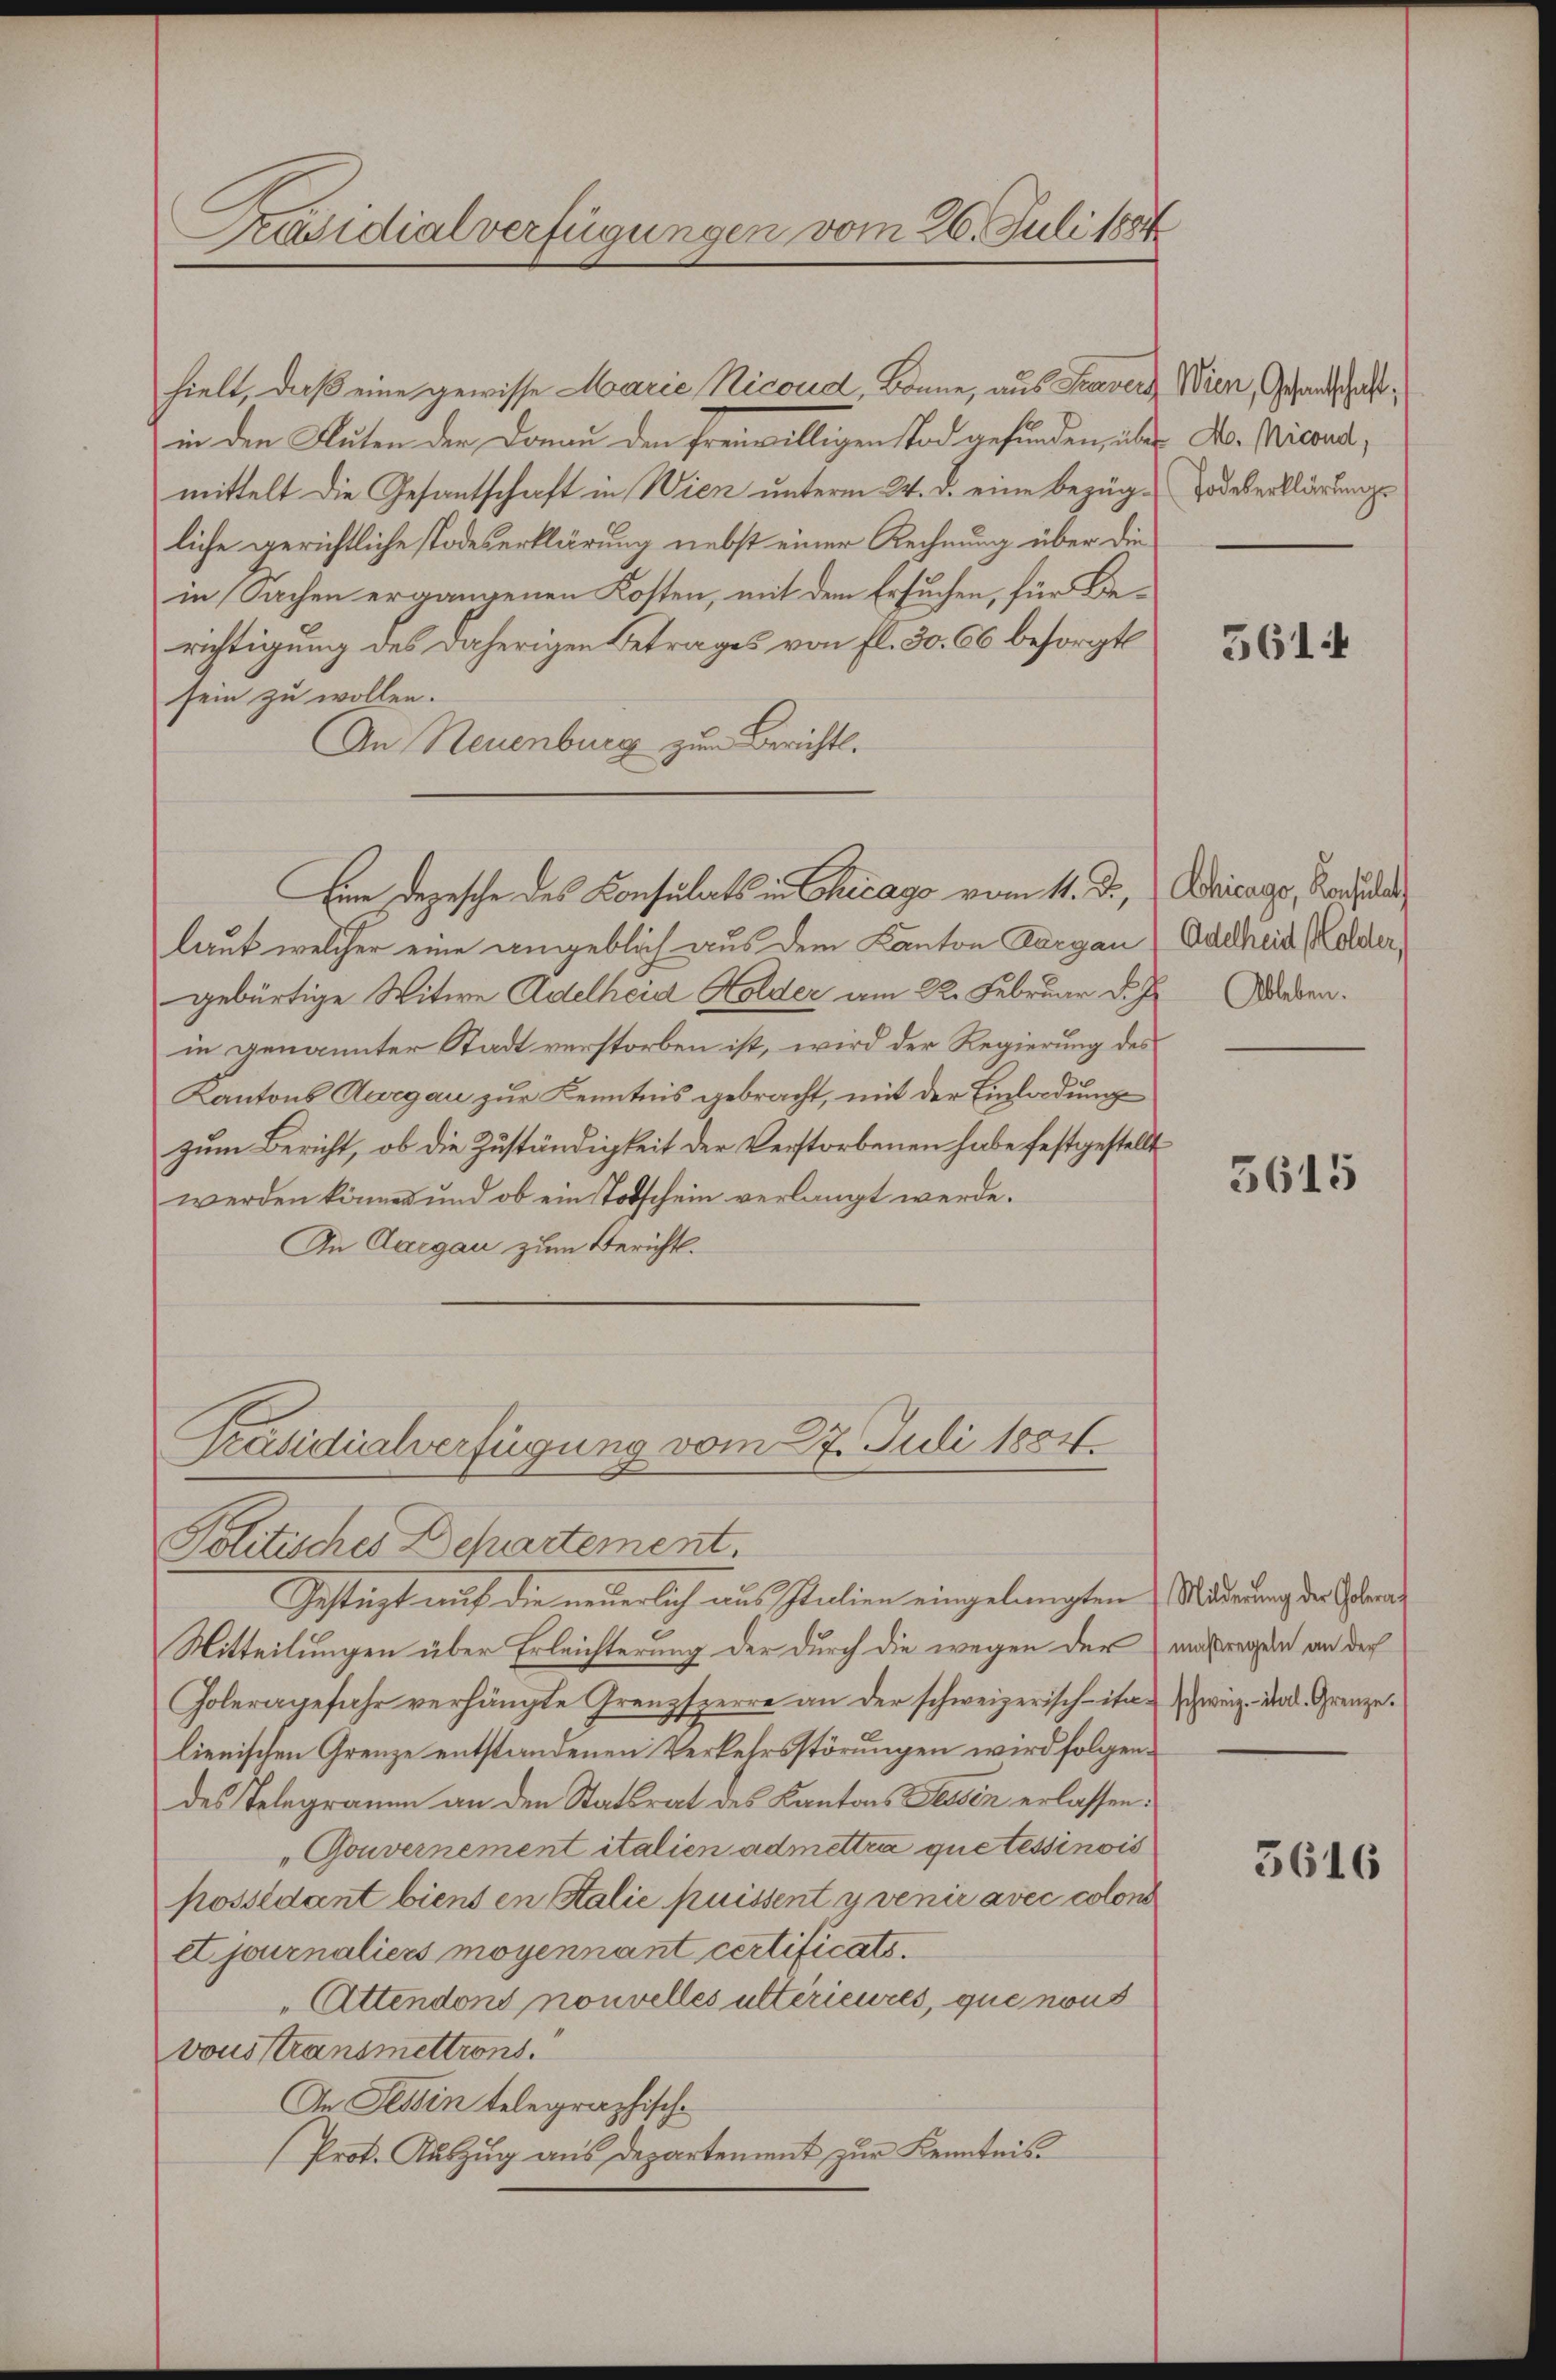
Präsidialverfügungen vom 26. Juli 1884

hielt, daß eine gewisse Marie Ricoud, könne, aus Fraver Wien, Gesandschaftin den Bluten der Donau den freiwilligen Tod gefunden, über A. Micand,
mittelt die Gesantschaft in Wien unterm 24. d. eine bezügliche gerichtliche Todeserklärung nebst einer Rechnung über die
in Sachen ergangenen Kosten, mit dem Ersuchen, für Berichtigung des daherigen Betrages von fl. 30. 66 besorgt
sein zu wollen.
An Neuenburg zum Bericht.
laut welcher eine angeblich aus dem Kanton Aargau
gebürtige Witwe Adelheid Holder am 22. Februar d. J. Morden.
in genannter Stadt verstorben ist, wird der Regierung des
Kantons Aargau zur Kenntnis gebracht, mit der Einladung
zum Bericht, ob die Zuständigkeit der Verstorbenen habe festgestellt
werden können und ob ein Totschein verlangt werde.
An Aargau zum Bericht.
Präsidialverfügung vom 27. Juli 1884.
Politisches Departement.
Gestüzt auf die neuerlich aus Italien eingelangten Mäderung der Gebra
Mitteilungen über Erleichterung der durch die wegen der
Goleragefahr verhängte Grenzsperre an der schweizerisch-ita schweiz. Das Grenze.
lienischen Grenze entstandenen Verkehrsstörungen wird folgendes Telegramm an den Statsrat des Kantons Tessin erlassen.
„Gouvernement italien admettra que tessinois
possédant biens en Stalie puissent y venir avec colon
et journaliers moyennant certificats.
Attendons nouvelles ultérieures, que nous
vous stransmettrons.
An Tessin telegraphische
Prot. Auszug aus Departement zur Kenntnis

Eine Depesche des Konsulats in Chicago vom 11. d., Schicago, Kauf das

Todeserklärungs

561.

Adelheid Holder,

3615

maßregeln an der

3616